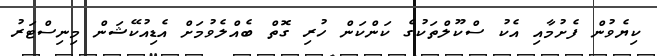
ކިޔެވުން ފެށުމާއި އެކު ސްކޫލްތަކުގެ ކަންކަން ހުރި ގޮތް ބެއްލެވުމަށް އެޑިއުކޭޝަން މިނިސްޓަރު